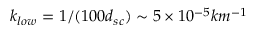
k _ { l o w } = 1 / ( 1 0 0 d _ { s c } ) \sim 5 \times 1 0 ^ { - 5 } k m ^ { - 1 }